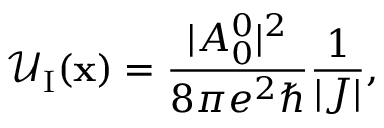
\mathcal { U } _ { \mathrm { I } } ( \mathbf { x } ) = \frac { | A _ { 0 } ^ { 0 } | ^ { 2 } } { 8 \pi e ^ { 2 } \hbar } \frac { 1 } { | J | } ,